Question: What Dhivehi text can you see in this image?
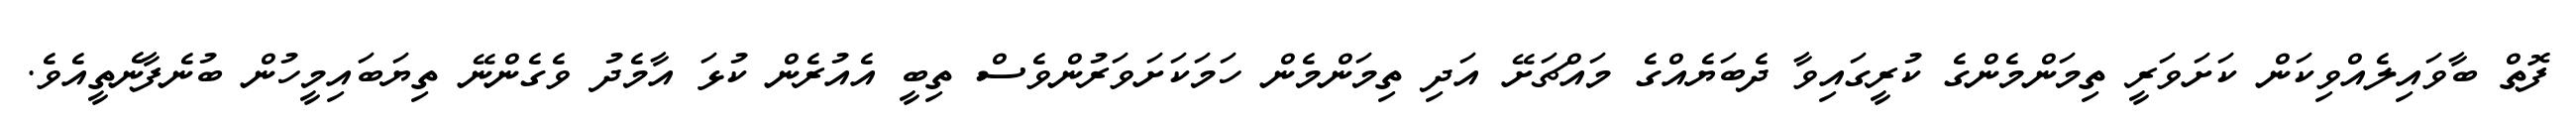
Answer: ފޮތް ބާވައިލެއްވިކަން ކަށަވަރީ ތިމަންމެންގެ ކުރީގައިވާ ދެބަޔެއްގެ މައްޗަށޭ އަދި ތިމަންމެން ހަމަކަށަވަރުންވެސް ތިބީ އެއުރެން ކުޅަ އާމެދު ވެގެންނޭ ތިޔަބައިމީހުން ބުނެފާނެތީއެވެ.